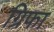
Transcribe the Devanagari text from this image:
ग्रिफा